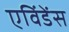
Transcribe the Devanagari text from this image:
एविंडेंस